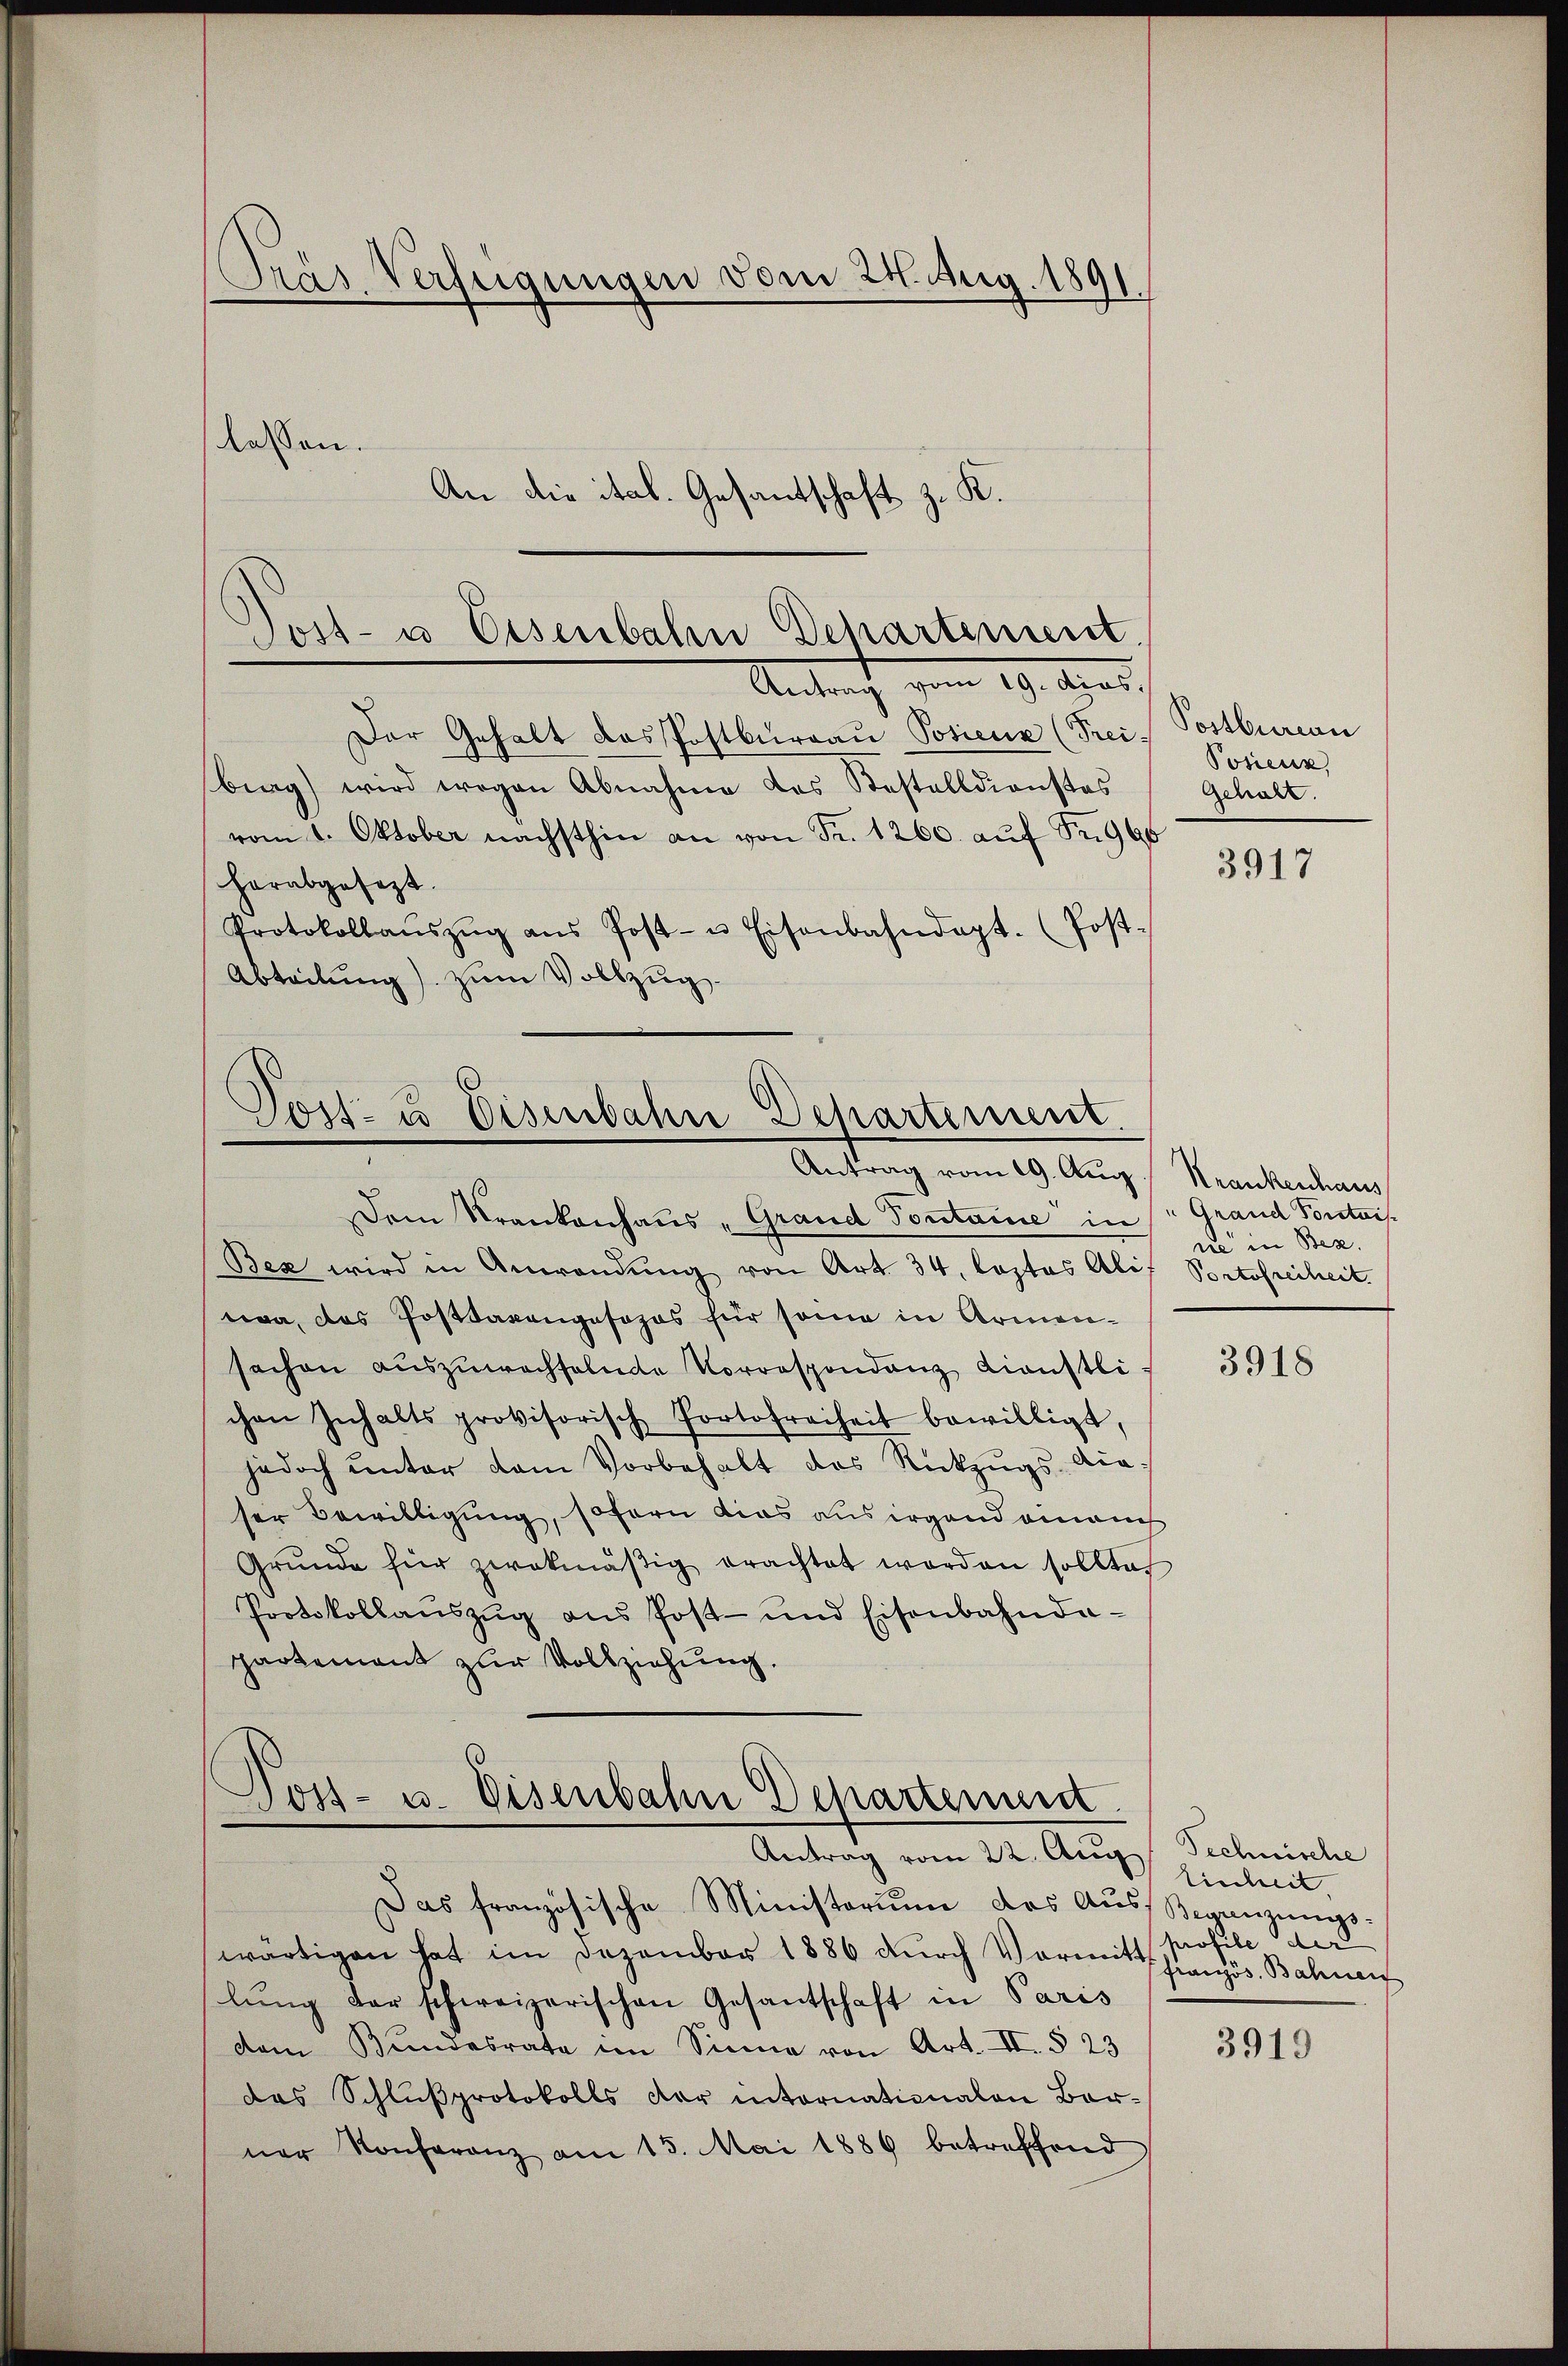
Tras Verfügungen vom 21. Aug. 1891.
lassen.
An die ital. Gesantschaft z. K.

st- u Eisenbahn Departement.
Antrach vom 19. Aug.

Der Gehalt das Postburgau Posiene (Frei-
brag) wird wegen Abnahme des Bestelldienstes
vom 1. Oktober nächsthin an von Fr. 1260. aŭf Fr. 960
herabgesezt.
Protokollaŭszŭg ans Post- u Eisenbahndept. (Post-
Abteilung) zum Vollzug.

Post- u Eisenbahn Departement.
Antrag vom 19. Aug.  Krankenhaus

Dem Krankenhaus "Grand Pontaine in Grand Pontais.
Bex wird in Anwendŭng von Art. 34, lastas Ali
wa, das Postbarengesezes für seine in Armensachen auszuwechselnde Vorrespondenz Dienstlichen Inhalts provisorisch Portofreiheit bewilligt,
jedoch unter dem Vorbehalt das Rückzŭgs-Diaser Bewilligung, sofern dies aus irgend einauch
Grŭnde für zwekmäβig erachtet worden sollte
Protokollaŭszŭg ans Post- und Eisenbahnda-
partement zur Vollziehung.

Post- u. Eisenbahn Departement.
Antrag vom 22. Aug

Das französische Ministerium das Aŭs-Begänzŭngs-
wärtigen hat im Dezember 1886 durch Vormitt profile der
lŭng der schweizerischen Gesantschaft in Paris
dem Bundesrate im Sinne von Art. II. § 23
das Schlŭβprotokolls der intornationalen Borner Konferenz am 15. Mai 1889 betreffend

Postbureau
Posienz
Schult

3917

ne in Bez.
Portofreiheit.

3918

Technische
lischeit.
französ. Bahnen

3919